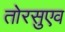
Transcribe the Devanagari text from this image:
तोरसुएव